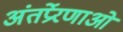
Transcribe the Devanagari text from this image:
अंतर्प्रेरणाओं